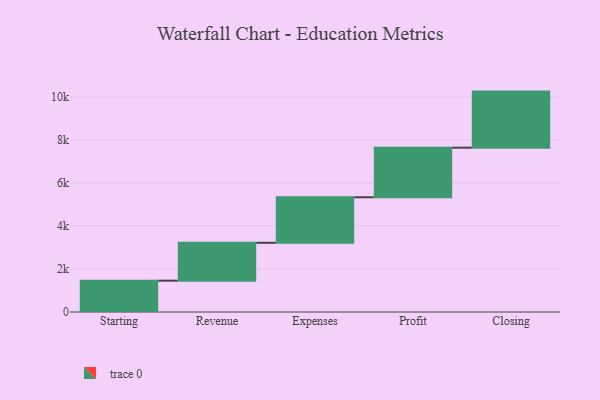
{"axis": {"x": "Step", "y": "Value"}, "legend": [""], "data": [{"x": "Starting", "y": 1456.0, "type": ""}, {"x": "Revenue", "y": 1761.0, "type": ""}, {"x": "Expenses", "y": 2117.0, "type": ""}, {"x": "Profit", "y": 2306.0, "type": ""}, {"x": "Closing", "y": 2606.0, "type": ""}]}